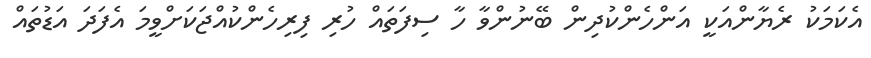
އެކަމަކު ރެޔާންއަކީ އަންހެންކުދިން ބޭނުންވާ ހާ ސިފަތައް ހުރި ފިރިހެންކުއްޖަކަށްވީމަ އެފަދަ އަޑުތައް